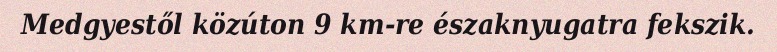
Medgyestől közúton 9 km-re északnyugatra fekszik.